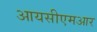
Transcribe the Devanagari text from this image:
आयसीएमआर